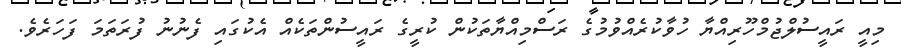
މިއީ ރައީސުލްޖުމްހޫރިއްޔާ ހުވާކުރެއްވުމުގެ ރަސްމިއްޔާތަކުން ކުރީގެ ރައީސުންތަކެއް އެކުގައި ފެނުނު ފުރަތަމަ ފަހަރެވެ.